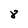
Character: 8